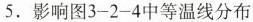
5.影响图3-2-4中等温线分布